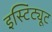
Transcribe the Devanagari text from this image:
इस्टिंट्यूट